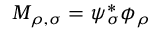
M _ { \rho , \sigma } = \psi _ { \sigma } ^ { * } \phi _ { \rho }